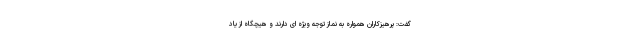
گفت: پرهیزکاران همواره به نماز توجه ویژه ای دارند و هیچگاه از یاد